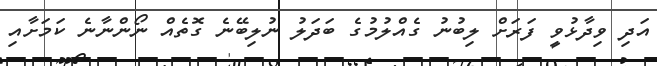
އަދި ވިދާޅުވީ ފަރަށް ލިބުނު ގެއްލުމުގެ ބަދަލު ނުލިބޭނެ ގޮތެއް ނޯންނާނެ ކަމަށާއި